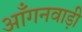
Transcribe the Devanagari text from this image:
आँगनवाड़ी